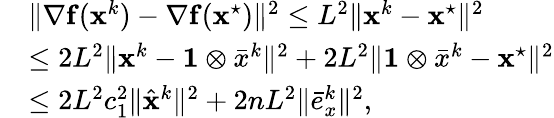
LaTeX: \begin{array}{rl}&{\| {\nabla}\mathbf{f}(\mathbf{x}^{k})-{\nabla}{\mathbf{f}}({\mathbf{x}}^{\star})\| ^{2}\leq L^{2}\| \mathbf{x}^{k}-{\mathbf{x}}^{\star}\| ^{2}}\\ &{\leq 2L^{2}\| \mathbf{x}^{k}-\mathbf{1}\otimes\bar{x}^{k}\| ^{2}+2L^{2}\| \mathbf{1}\otimes\bar{x}^{k}-{\mathbf{x}}^{\star}\| ^{2}}\\ &{\leq 2L^{2}c_{1}^{2}\| \hat{{\mathbf{x}}}^{k}\| ^{2}+2nL^{2}\| \bar{e}_{x}^{k}\| ^{2},}\end{array}